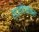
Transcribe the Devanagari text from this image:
स्ट्रपेटोकॉकस